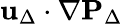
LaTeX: \mathbf{u}_{\Delta}\cdot\nabla\mathbf{P}_{\Delta}